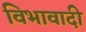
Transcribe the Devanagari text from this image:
विभावादी